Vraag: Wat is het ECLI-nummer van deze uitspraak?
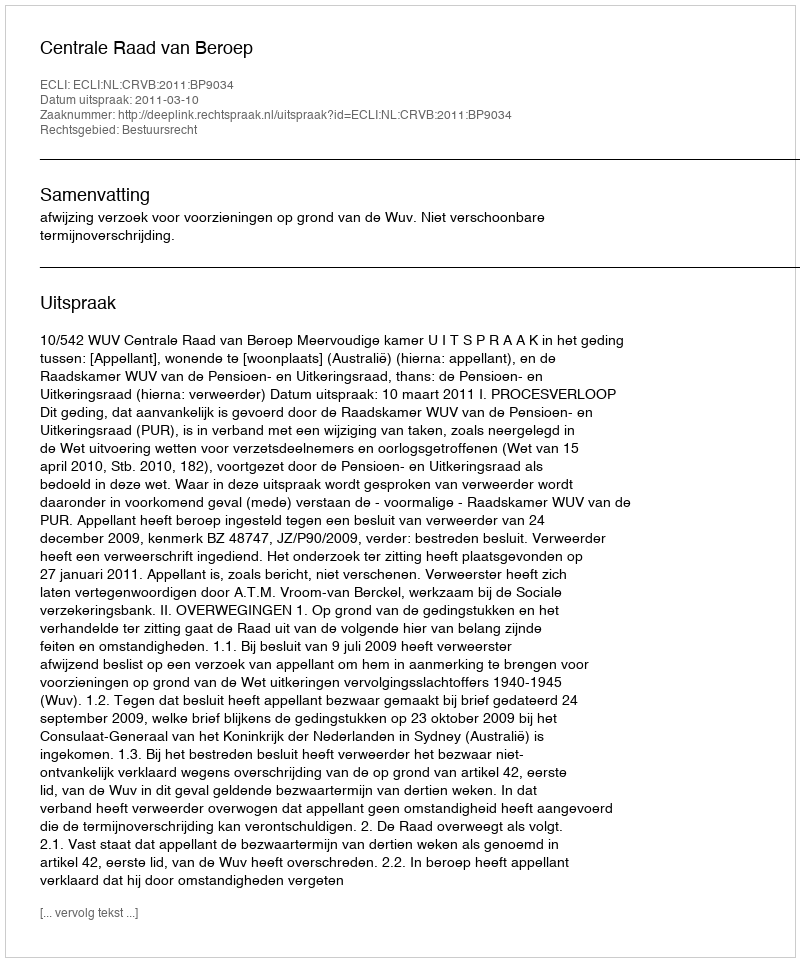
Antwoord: ECLI:NL:CRVB:2011:BP9034